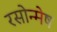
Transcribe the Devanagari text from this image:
रसोन्मेष